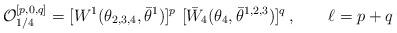
LaTeX: \begin{align*} {\cal O}^{[p,0,q]}_{1/4} = [W^{1}(\theta_{2,3,4}, \bar\theta^{1})]^{p} \ [\bar W_4(\theta_{4}, \bar\theta^{1,2,3})]^{q}\,, \qquad \ell=p+q\end{align*}